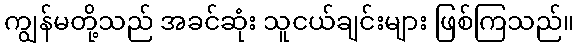
ကျွန်မတို့သည် အခင်ဆုံး သူငယ်ချင်းများ ဖြစ်ကြသည်။